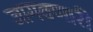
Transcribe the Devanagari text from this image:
जागवणारी